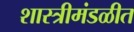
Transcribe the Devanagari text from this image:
शास्त्रीमंडळीत